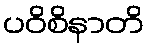
ပဝိစိနာတိ